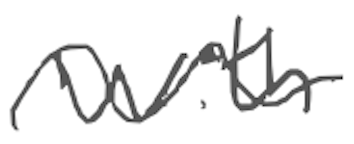
Text: with
Cross-out: wave
Writing tool: digital_gray